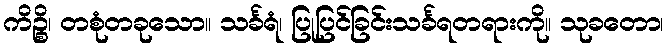
ကိဉ္စိ၊ တစုံတခုသော။ သင်္ခရံ၊ ပြုပြင်ခြင်းသင်္ခရတရားကို။ သုခတော၊